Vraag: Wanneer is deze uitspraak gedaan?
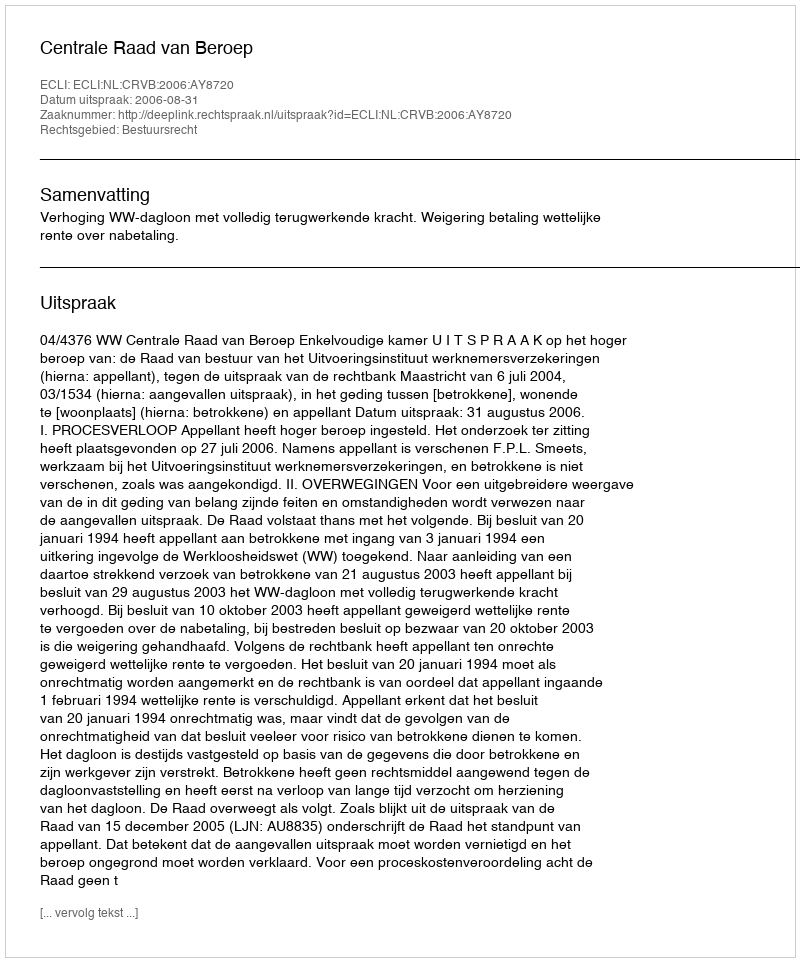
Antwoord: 2006-08-31